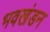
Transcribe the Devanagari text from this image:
भवखंडन